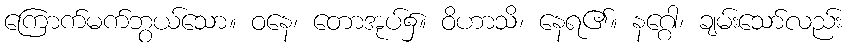
ကြောက်မက်ဘွယ်သော။ ဝနေ၊ တောအုပ်၌။ ဝိဟာသိ၊ နေရ၏။ နဂ္ဂေါ၊ ချမ်းသော်လည်း